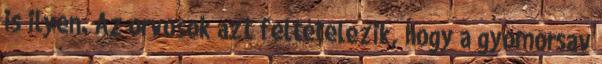
is ilyen. Az orvosok azt feltételezik, hogy a gyomorsav